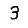
Digit: 3